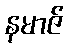
နမာဇ်